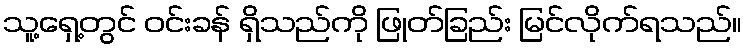
သူ့ရှေ့တွင် ဝင်းခန် ရှိသည်ကို ဖြုတ်ခြည်း မြင်လိုက်ရသည်။